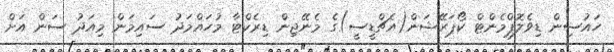
ހައުސިން ޑިވެލޮޕްމެންޓް ކޯޕަރޭޝަން(އެޗްޑީސީ)ގެ މެނޭޖިން ޑިރެކްޓާ މުހައްމަދު ސައިމަން މިއަދު ސަން އަށް